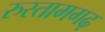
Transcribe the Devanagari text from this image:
रुस्तामगढ़